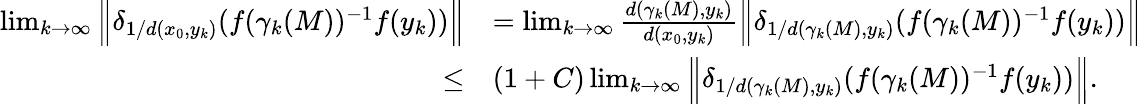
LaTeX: \begin{array}{rl}{\operatorname*{lim}_{k\to\infty}\Big\lVert\delta_{1/d(x_{0},y_{k})}(f(\gamma_{k}(M))^{-1}f(y_{k}))\Big\rVert}&{=\operatorname*{lim}_{k\to\infty}\frac{d(\gamma_{k}(M),y_{k})}{d(x_{0},y_{k})}\Big\lVert\delta_{1/d(\gamma_{k}(M),y_{k})}(f(\gamma_{k}(M))^{-1}f(y_{k}))\Big\rVert}\\ {\leq}&{(1+C)\operatorname*{lim}_{k\to\infty}\Big\lVert\delta_{1/d(\gamma_{k}(M),y_{k})}(f(\gamma_{k}(M))^{-1}f(y_{k}))\Big\rVert.}\end{array}